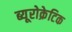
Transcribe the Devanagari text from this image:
ब्यूरोक्रेटिक